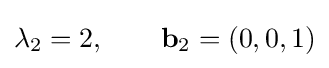
\lambda _{2}=2,\qquad \mathbf {b} _{2}=\left(0,0,1\right)